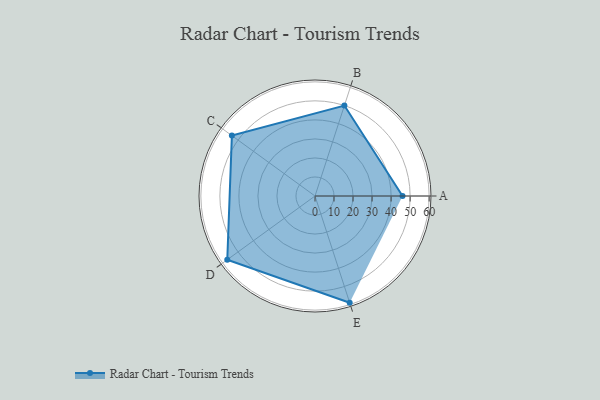
{"axis": {"x": "Skill", "y": "Score"}, "legend": ["Profile"], "data": [{"x": "A", "y": 46.0, "type": "Profile"}, {"x": "B", "y": 50.0, "type": "Profile"}, {"x": "C", "y": 54.0, "type": "Profile"}, {"x": "D", "y": 57.0, "type": "Profile"}, {"x": "E", "y": 59.0, "type": "Profile"}]}